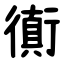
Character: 衠